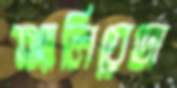
অ্যালিয়েডা